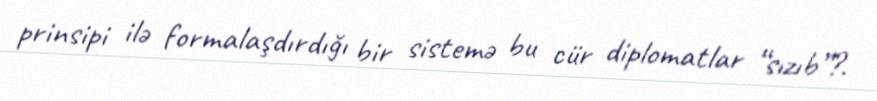
prinsipi ilə formalaşdırdığı bir sistemə bu cür diplomatlar “sızıb”?.